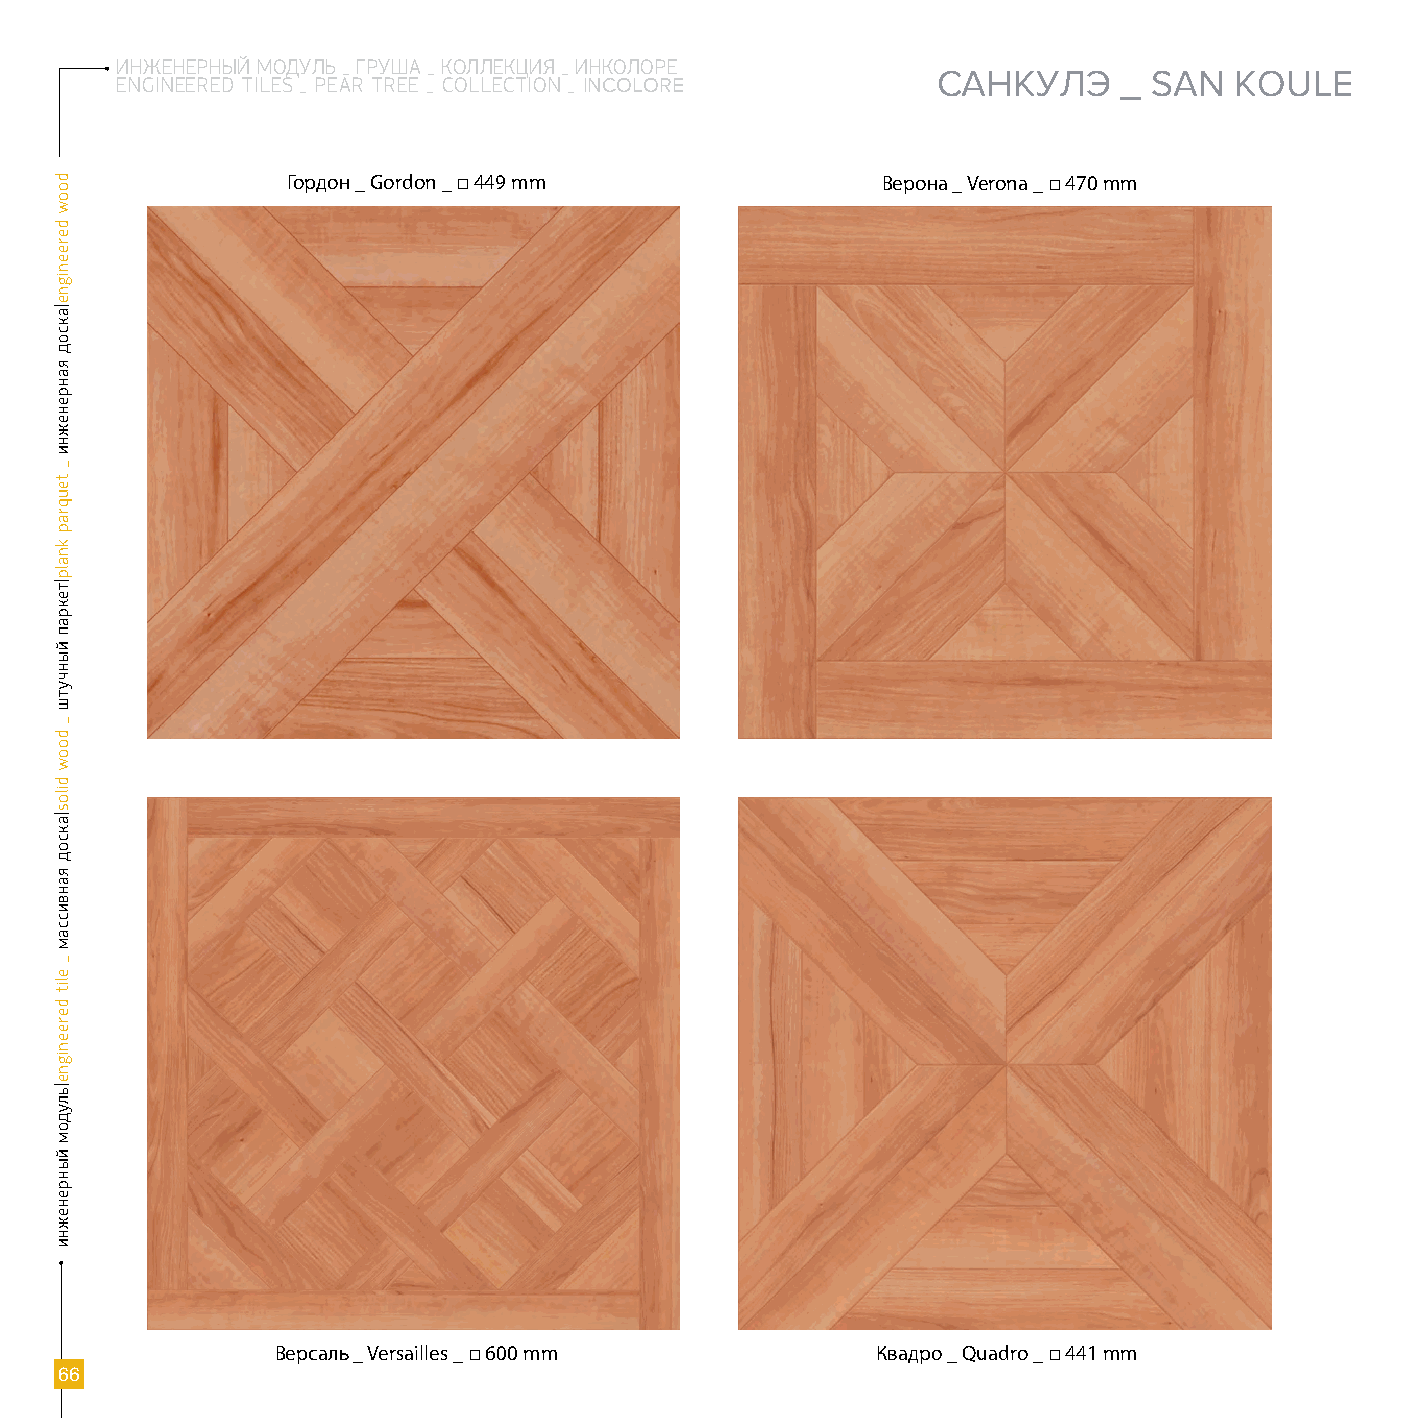
ИНЖЕНЕРНЫЙ МОДУЛЬ _ ГРУША _ КОЛЛЕКЦИЯ _ ИНКОЛОРЕ
 САНКУЛЭ     _ SAN   KOULE
 EnGinEERED TilE s _ PEAR TREE _ CollECTion _ INCOLORE
 Гордон _ Gordon _ □ 449 mm             Верона _ Verona _ □ 470 mm
 Версаль _ Versailles _ □ 600 mm         Квадро _ Quadro _ □ 441 mm
 66
 doow
 dereenigne|аксод
 яанренежни
 _
 teuqrap
 knalp|текрап
 йынчутш
 _
 doow
 dilos|аксод
 яанвиссам
 _
 elit
 dereenigne|ьлудом
 йынренежни